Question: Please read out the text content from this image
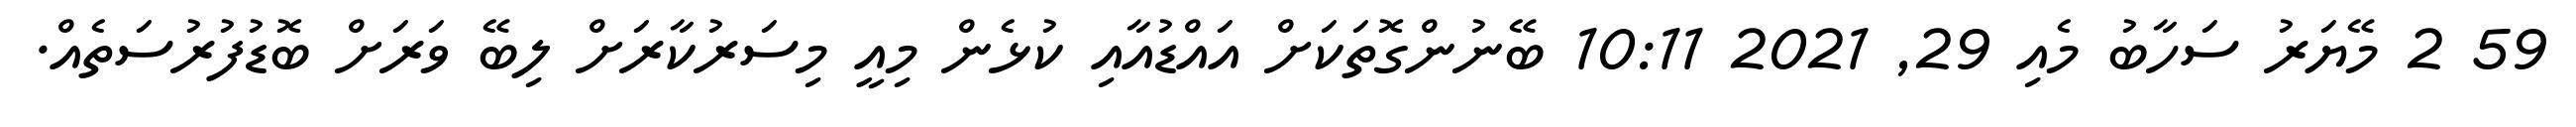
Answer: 59 2 މޭޔަރު ސަހާބު މެއި 29, 2021 10:11 ބޭނުންގޮތަކަށް އައްޑުއާއި ކުޅެން މިއީ މިސަރުކާރަށް ލިބޭ ވަރަށް ބޮޑުފުރުސަތެއް.